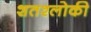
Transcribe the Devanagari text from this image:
शतश्लोकी